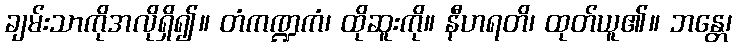
ချမ်းသာကိုအလိုရှိ၍။ တံကဏ္ဍကံ၊ ထိုဆူးကို။ နီဟရတိ၊ ထုတ်ယူ၏။ ဘန္တေ၊